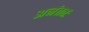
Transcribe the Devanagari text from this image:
अनंततः